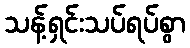
သန့်ရှင်းသပ်ရပ်စွာ